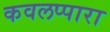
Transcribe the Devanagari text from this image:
कवलप्पारा